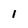
Character: 1